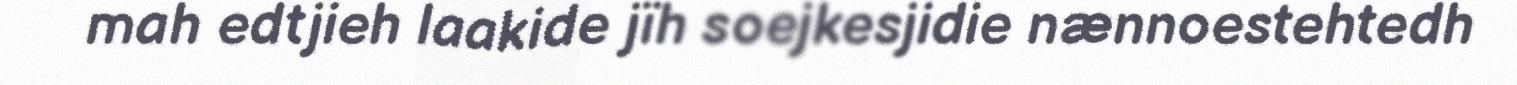
mah edtjieh laakide jïh soejkesjidie nænnoestehtedh